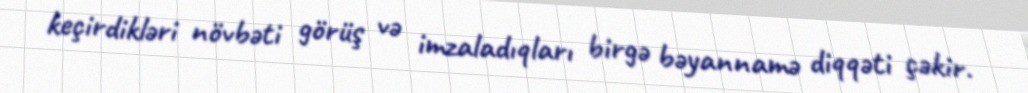
keçirdikləri növbəti görüş və imzaladıqları birgə bəyannamə diqqəti çəkir.